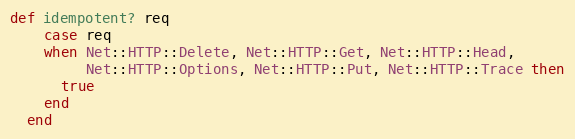
Language: Ruby
def idempotent? req
    case req
    when Net::HTTP::Delete, Net::HTTP::Get, Net::HTTP::Head,
         Net::HTTP::Options, Net::HTTP::Put, Net::HTTP::Trace then
      true
    end
  end